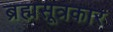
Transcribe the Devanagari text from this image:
ब्रह्मसूत्रकार